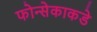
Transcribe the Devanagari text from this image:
फोन्सेकाकडे